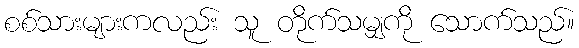
စစ်သားများကလည်း သူ တိုက်သမျှကို သောက်သည်။